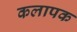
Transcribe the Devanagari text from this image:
कलापक